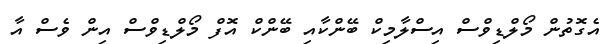
އެގޮތުން މޯލްޑިވްސް އިސްލާމިކް ބޭންކާއި ބޭންކް އޮފް މޯލްޑިވްސް އިން ވެސް އާ